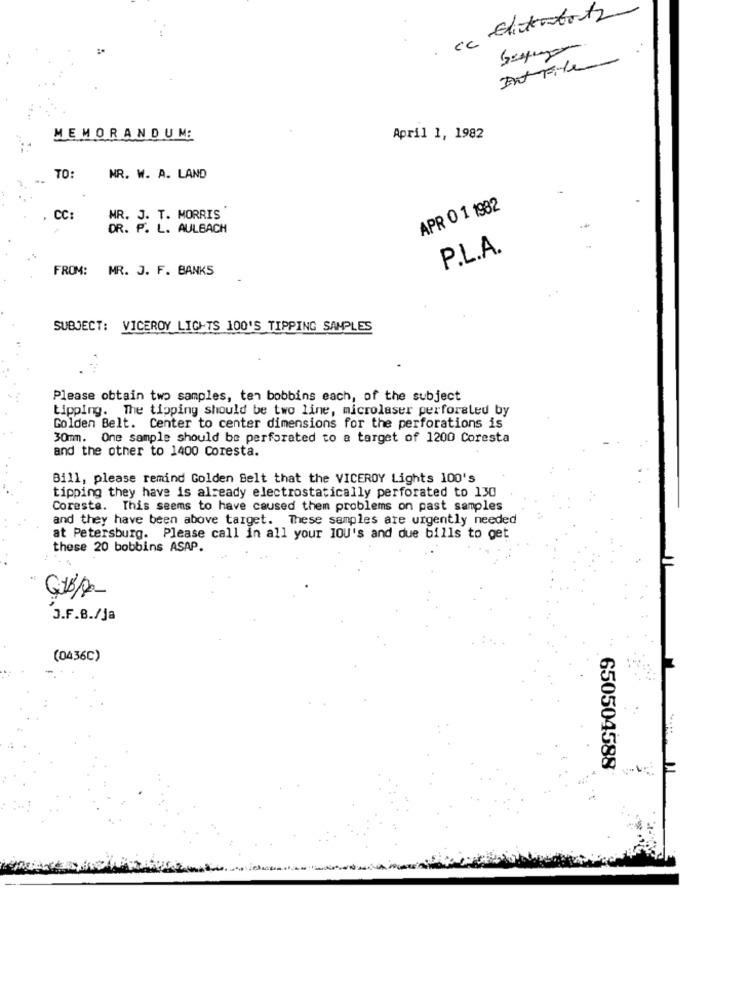
cc Eliterobots
MEMORANDUM:
April 1, 1982
TO:
MR. W. A. LAND
APR 0 1 1982
CC:
MR. J. T. MORRIS'
DR. P. L. AULBACH
P.L.A.
FROM: MR. J. F. BANKS
SUBJECT: VICEROY LIGHTS 100'S TIPPING SAMPLES
Please obtain two samples, ten bobbins each, of the subject
tipping. The tipping should be two line, microlaser perforated by
Golden Belt. Center to center dimensions for the perforations is
30mm. One sample should be perforated to a target of 1200 Coresta
and the other to 1400 Coresta.
Bill, please remind Golden Belt that the VICEROY Lights 100's
tipping they have is already electrostatically perforated to 130
Coresta. This seems to have caused them problems on past samples
and they have been above target. These samples are urgently needed
at Petersburg. Please call in all your 100's and due bills to get
these 20 bobbins ASAP.
J.F.B./ja
(0436C)
650504588